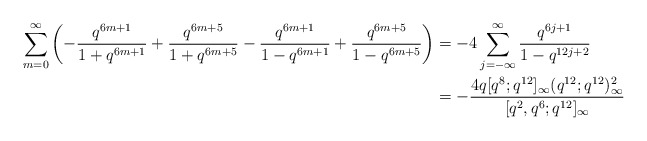
\begin{align*}\sum_{m=0}^\infty\left(-\frac{ q^{6m+1}}{1+q^{6m+1}}+\frac{ q^{6m+5}}{1+q^{6m+5}}-\frac{ q^{6m+1}}{1-q^{6m+1}}+\frac{ q^{6m+5}}{1-q^{6m+5}}\right)& =-4\sum_{j=-\infty}^\infty\frac{ q^{6j+1}}{1-q^{12j+2}} \\& = -\frac{4q [q^8; q^{12}]_{\infty} (q^{12}; q^{12})_{\infty}^2}{[q^2, q^6; q^{12}]_{\infty}}\end{align*}